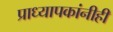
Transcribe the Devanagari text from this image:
प्राध्यापकांनीही